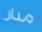
مدار